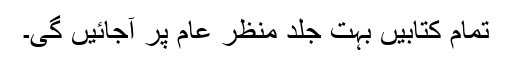
تمام کتابیں بہت جلد منظر عام پر آجائیں گی۔